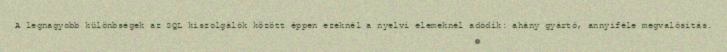
A legnagyobb különbségek az SQL kiszolgálók között éppen ezeknél a nyelvi elemeknél adódik: ahány gyártó, annyiféle megvalósítás.